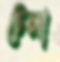
টেলা